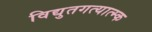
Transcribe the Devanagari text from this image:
विद्युतगत्यात्म्क